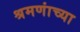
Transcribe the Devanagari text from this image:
श्रमणांच्या